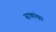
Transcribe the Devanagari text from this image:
साकांक्षा